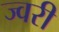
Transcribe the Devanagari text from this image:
ज्वरी